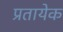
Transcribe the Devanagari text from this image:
प्रतायेक